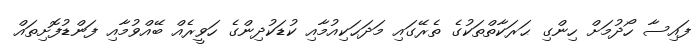
ފައިސާ ހޯދުމަށް ހިންގި ޙަރަކާތްތަކުގެ ތެރޭގައި މަދަޙަކިއުމާއި ކުޑަކުދިންގެ ހަވީރެއް ބޭއްވުމާއި ފަންޑުފޮށިތައް